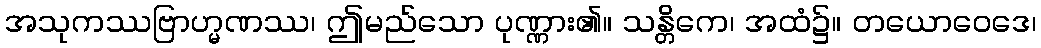
အသုကဿဗြာဟ္မဏဿ၊ ဤမည်သော ပုဏ္ဏား၏။ သန္တိကေ၊ အထံ၌။ တယောဝေဒေ၊